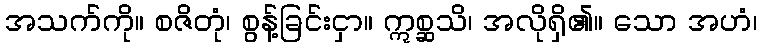
အသက်ကို။ စဇိတုံ၊ စွန့်ခြင်းငှာ။ ဣစ္ဆသိ၊ အလိုရှိ၏။ သော အဟံ၊